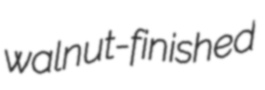
walnut-finished